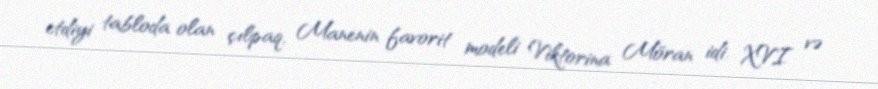
etdiyi tabloda olan çılpaq, Manenin favorit modeli Viktorina Möran idi. XVI və